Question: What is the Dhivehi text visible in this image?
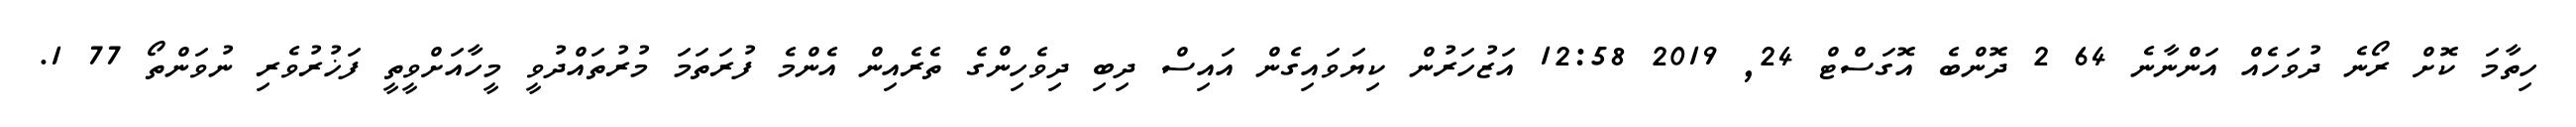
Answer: ހިތާމަ ކޮށް ރޯނެ ދުވަހެއް އަންނާނެ 64 2 ދޮންބެ އޮގަސްޓް 24, 2019 12:58 އަޒުހަރުން ކިޔަވައިގެން އައިސް ދިބި ދިވެހިންގެ ތެރެއިން އެންމެ ފުރަތަމަ މުރުތައްދުވީ މީހާއަށްވީތީ ފަޚުރުވެރި ނުވަންތޯ 77 1.